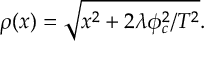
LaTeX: \rho ( x ) = \sqrt { x ^ { 2 } + 2 \lambda \phi _ { c } ^ { 2 } / T ^ { 2 } } .